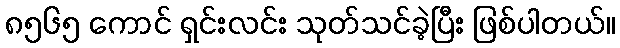
၈၅၆၅ ကောင် ရှင်းလင်း သုတ်သင်ခဲ့ပြီး ဖြစ်ပါတယ်။